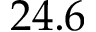
2 4 . 6